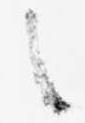
之